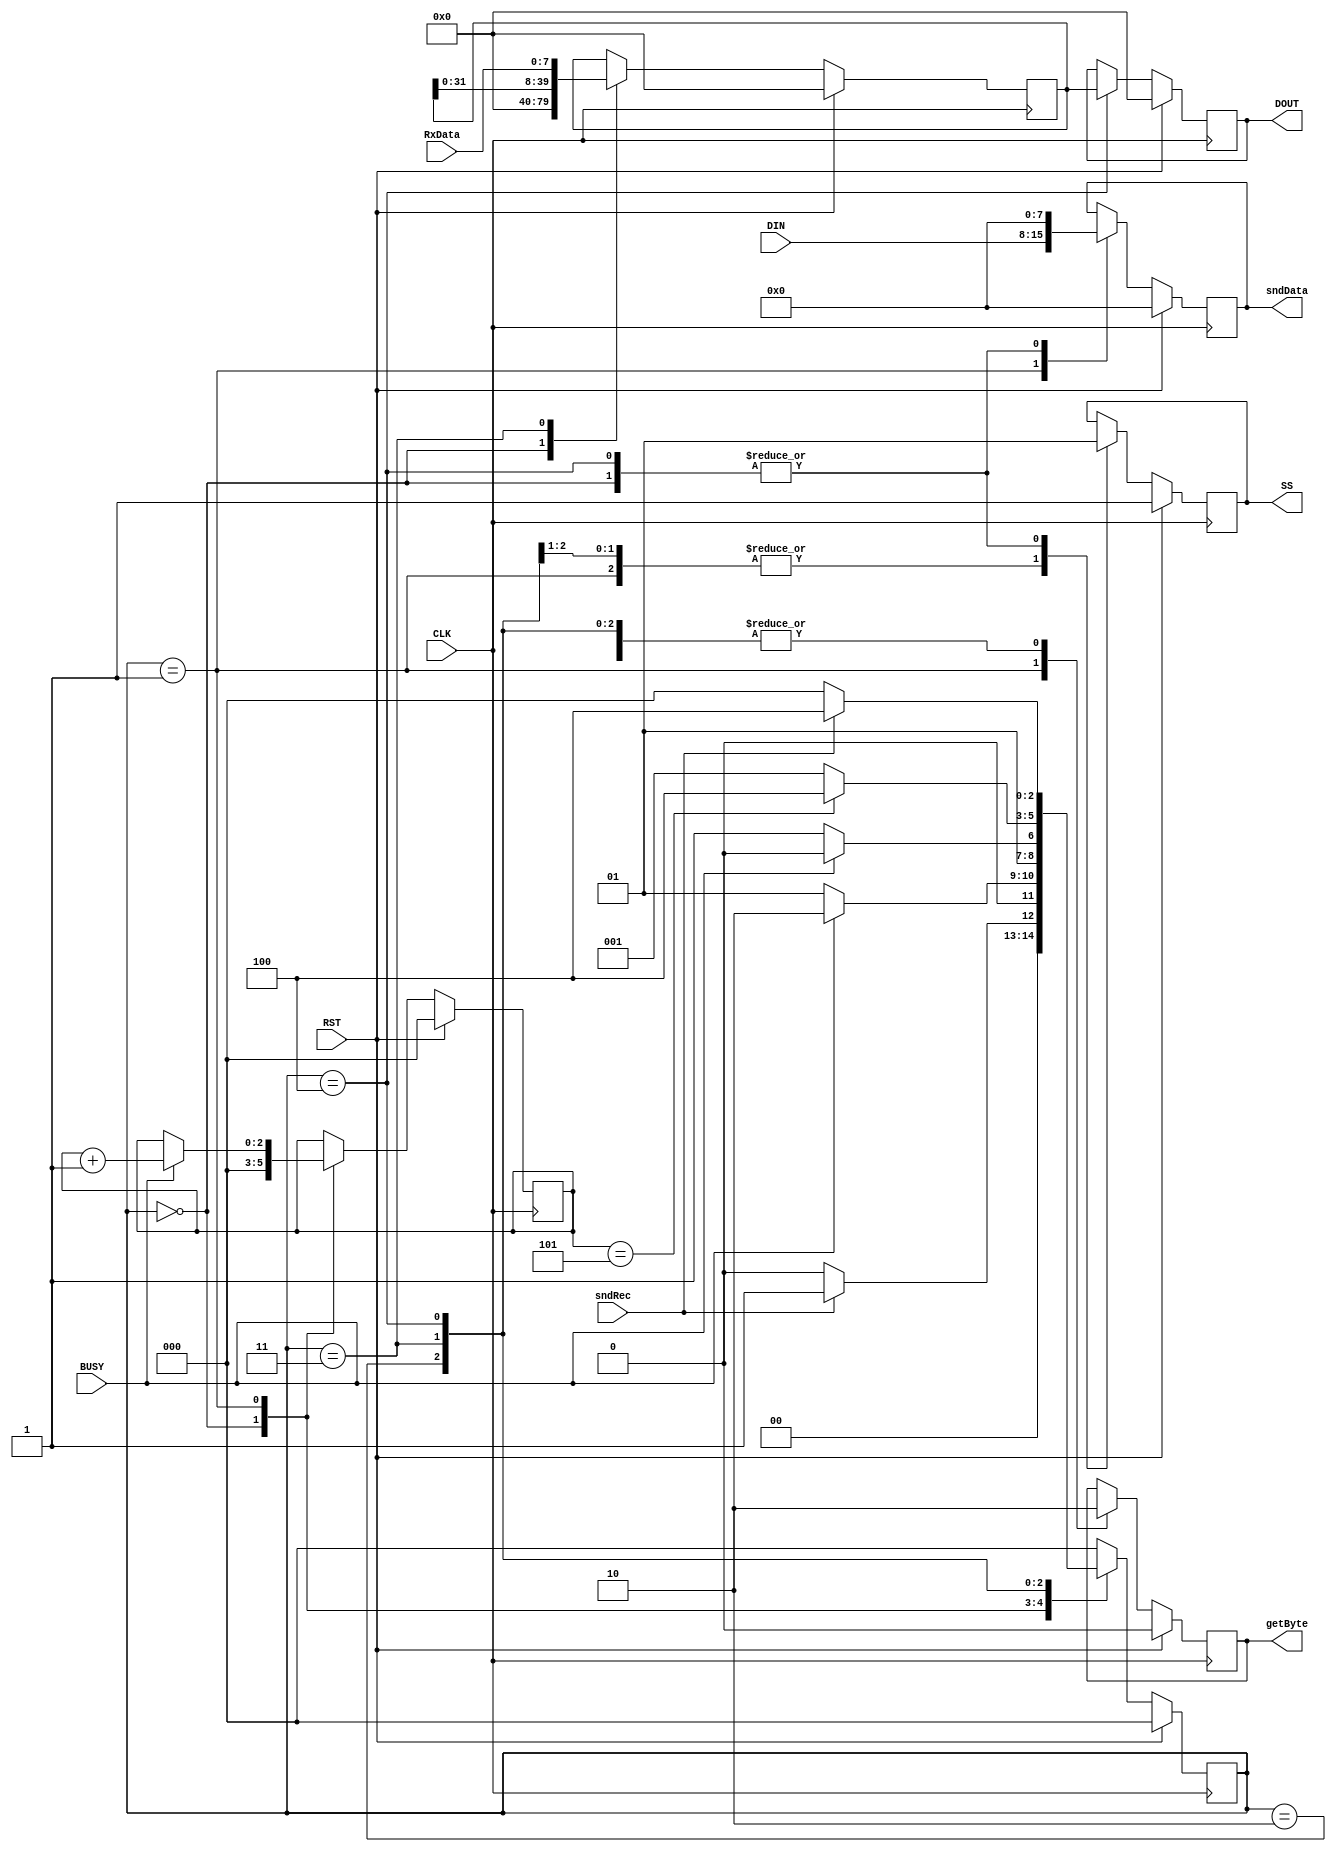
`timescale 1ns / 1ps
////////////////////////////////////////////////////////////////////////////////////////////
// Company: Digilent Inc.
// 
// Module Name:    spiCtrl
// Project Name: 	 PmodJSTK_Demo
// Target Devices: Nexys3
// Tool versions:  ISE 14.1
// Description: This component manages all data transfer requests,
//					 and manages the data bytes being sent to the PmodJSTK.
//
//  				 For more information on the contents of the bytes being sent/received 
//					 see page 2 in the PmodJSTK reference manual found at the link provided
//					 below.
//
//					 http://www.digilentinc.com/Data/Products/XUPV2P-COVERS/PmodJSTK_rm_RevC.pdf
//
// Revision History: 
// 						Revision 0.01 - File Created (Josh Sackos)
////////////////////////////////////////////////////////////////////////////////////////////

// ==============================================================================
// 										  Define Module
// ==============================================================================
module spiCtrl(
			CLK,
			RST,
			sndRec,
			BUSY,
			DIN,
			RxData,
			SS,
			getByte,
			sndData,
			DOUT
    );

	// ===========================================================================
	// 										Port Declarations
	// ===========================================================================

			input CLK;						// 66.67kHz onboard clock
			input RST;						// Reset
			input sndRec;					// Send receive, initializes data read/write
			input BUSY;						// If active data transfer currently in progress
			input [7:0] DIN;				// Data that is to be sent to the slave
			input [7:0] RxData;			// Last data byte received
			output SS;						// Slave select, active low
			output getByte;				// Initiates a data transfer in SPI_Int
			output [7:0] sndData;		// Data that is to be sent to the slave
			output [39:0] DOUT;			// All data read from the slave

	// ===========================================================================
	// 							  Parameters, Regsiters, and Wires
	// ===========================================================================

			// Output wires and registers
			reg SS = 1'b1;
			reg getByte = 1'b0;
			reg [7:0] sndData = 8'h00;
			reg [39:0] DOUT = 40'h0000000000;

			// FSM States
			parameter [2:0] Idle = 3'd0,
								 Init = 3'd1,
								 Wait = 3'd2,
								 Check = 3'd3,
								 Done = 3'd4;
			
			// Present State
			reg [2:0] pState = Idle;

			reg [2:0] byteCnt = 3'd0;					// Number bits read/written
			parameter byteEndVal = 3'd5;				// Number of bytes to send/receive
			reg [39:0] tmpSR = 40'h0000000000;		// Temporary shift register to
																// accumulate all five data bytes

	// ===========================================================================
	// 										Implementation
	// ===========================================================================

	always @(negedge CLK) begin
			if(RST == 1'b1) begin
					// Reest everything
					SS <= 1'b1;
					getByte <= 1'b0;
					sndData <= 8'h00;
					tmpSR <= 40'h0000000000;
					DOUT <= 40'h0000000000;
					byteCnt <= 3'd0;
					pState <= Idle;
			end
			else begin
					
					case(pState)

								// Idle
								Idle : begin

										SS <= 1'b1;								// Disable slave
										getByte <= 1'b0;						// Do not request data
										sndData <= 8'h00;						// Clear data to be sent
										tmpSR <= 40'h0000000000;			// Clear temporary data
										DOUT <= DOUT;							// Retain output data
										byteCnt <= 3'd0;						// Clear byte count

										// When send receive signal received begin data transmission
										if(sndRec == 1'b1) begin
											pState <= Init;
										end
										else begin
											pState <= Idle;
										end
										
								end

								// Init
								Init : begin
								
										SS <= 1'b0;								// Enable slave
										getByte <= 1'b1;						// Initialize data transfer
										sndData <= DIN;						// Store input data to be sent
										tmpSR <= tmpSR;						// Retain temporary data
										DOUT <= DOUT;							// Retain output data
										
										if(BUSY == 1'b1) begin
												pState <= Wait;
												byteCnt <= byteCnt + 1'b1;	// Count
										end
										else begin
												pState <= Init;
										end
										
								end

								// Wait
								Wait : begin

										SS <= 1'b0;								// Enable slave
										getByte <= 1'b0;						// Data request already in progress
										sndData <= sndData;					// Retain input data to send
										tmpSR <= tmpSR;						// Retain temporary data
										DOUT <= DOUT;							// Retain output data
										byteCnt <= byteCnt;					// Count
										
										// Finished reading byte so grab data
										if(BUSY == 1'b0) begin
												pState <= Check;
										end
										// Data transmission is not finished
										else begin
												pState <= Wait;
										end

								end

								// Check
								Check : begin

										SS <= 1'b0;								// Enable slave
										getByte <= 1'b0;						// Do not request data
										sndData <= sndData;					// Retain input data to send
										tmpSR <= {tmpSR[31:0], RxData};	// Store byte just read
										DOUT <= DOUT;							// Retain output data
										byteCnt <= byteCnt;					// Do not count

										// Finished reading bytes so done
										if(byteCnt == 3'd5) begin
												pState <= Done;
										end
										// Have not sent/received enough bytes
										else begin
												pState <= Init;
										end
								end

								// Done
								Done : begin

										SS <= 1'b1;							// Disable slave
										getByte <= 1'b0;					// Do not request data
										sndData <= 8'h00;					// Clear input
										tmpSR <= tmpSR;					// Retain temporary data
										DOUT[39:0] <= tmpSR[39:0];		// Update output data
										byteCnt <= byteCnt;				// Do not count
										
										// Wait for external sndRec signal to be de-asserted
										if(sndRec == 1'b0) begin
												pState <= Idle;
										end
										else begin
												pState <= Done;
										end

								end

								// Default State
								default : pState <= Idle;
						endcase
			end
	end

endmodule